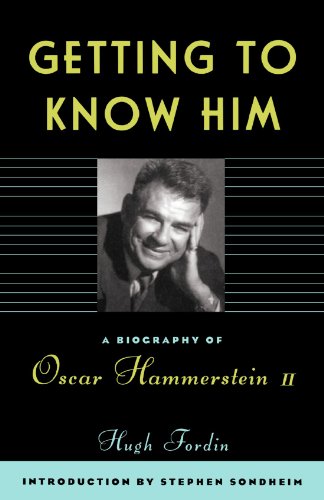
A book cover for Getting To Know Him: A Biography Of Oscar Hammerstein II; Hugh Fordin; Biographies & Memoirs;